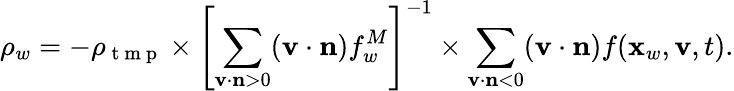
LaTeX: \rho_{w}=-\rho_{\mathrm{~t~m~p~}}\times\left[\sum_{\mathbf v\cdot\mathbf n>0}(\mathbf v\cdot\mathbf n)f_{w}^{M}\right]^{-1}\times\sum_{\mathbf v\cdot\mathbf n<0}(\mathbf v\cdot\mathbf n)f(\mathbf x_{w},\mathbf v,t).